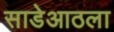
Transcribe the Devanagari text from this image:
साडेआठला